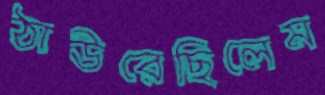
ঠাউরেছিলেম